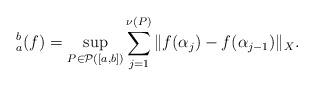
LaTeX: \begin{align*}_{a}^{b}(f)=\sup_{P\in \mathcal{P}([a,b])}\sum_{j=1}^{\nu(P)}\|f(\alpha_{j})-f(\alpha_{j-1})\|_{X}.\end{align*}